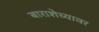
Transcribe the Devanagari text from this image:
बाराशेच्यावर